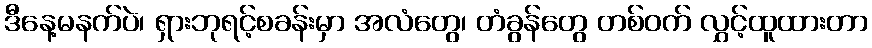
ဒီနေ့မနက်ပဲ၊ ရှားဘုရင့်စခန်းမှာ အလံတွေ၊ တံခွန်တွေ တစ်ဝက် လွှင့်ထူထားတာ